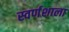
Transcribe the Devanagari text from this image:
स्वर्णशाला